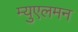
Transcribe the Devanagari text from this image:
म्युएलमन